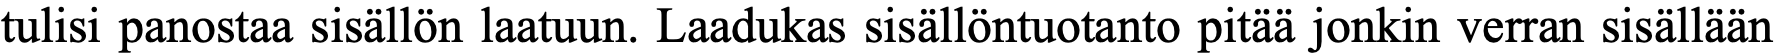
tulisi panostaa sisällön laatuun. Laadukas sisällöntuotanto pitää jonkin verran sisällään